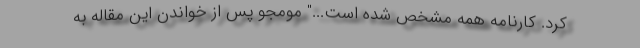
کرد. کارنامه همه مشخص شده است..." مومجو پس از خواندن این مقاله به